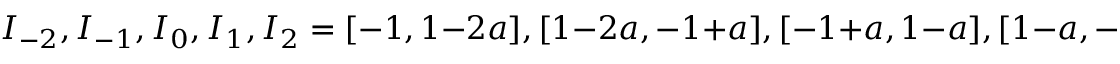
I _ { - 2 } , I _ { - 1 } , I _ { 0 } , I _ { 1 } , I _ { 2 } = [ - 1 , 1 - 2 a ] , [ 1 - 2 a , - 1 + a ] , [ - 1 + a , 1 - a ] , [ 1 - a , - 1 + 2 a ] , [ - 1 + 2 a , 1 ]